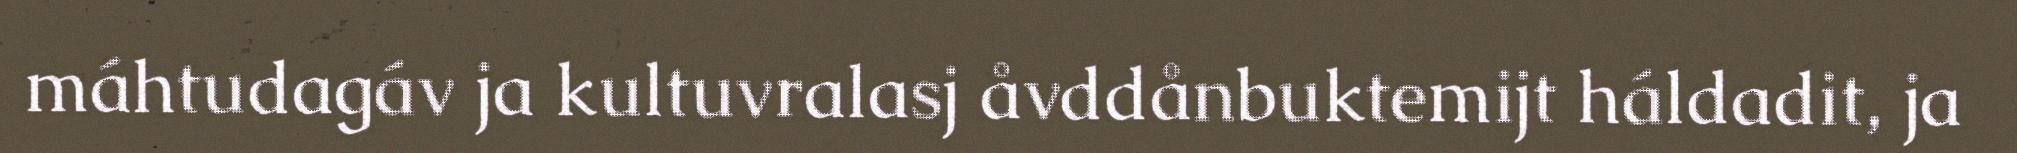
máhtudagáv ja kultuvralasj åvddånbuktemijt háldadit, ja